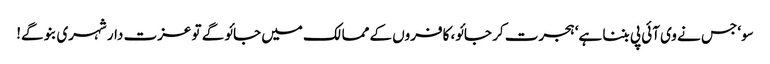
سو‘ جس نے وی آئی پی بننا ہے‘ ہجرت کر جائو، کافروں کے ممالک میں جائو گے تو عزت دار شہری بنو گے!